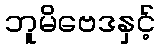
ဘူမိဗေဒနှင့်